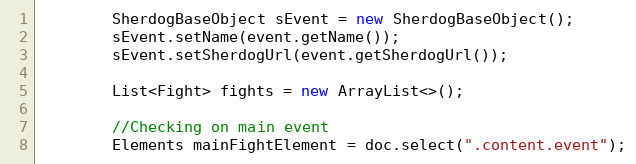
Language: Java
        SherdogBaseObject sEvent = new SherdogBaseObject();
        sEvent.setName(event.getName());
        sEvent.setSherdogUrl(event.getSherdogUrl());

        List<Fight> fights = new ArrayList<>();

        //Checking on main event
        Elements mainFightElement = doc.select(".content.event");